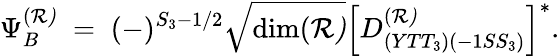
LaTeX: \Psi_{B}^{(\cal R)}\; =\; (-)^{S_{3}-1/2}\sqrt{\mathrm{dim}(\cal R)}\left[D_{(YTT_{3})(-1SS_{3})}^{(\cal R)}\right]^{*}.